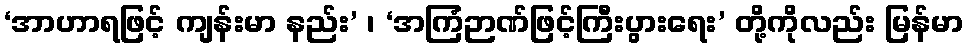
‘အာဟာရဖြင့် ကျန်းမာ နည်း’ ၊ ‘အကြံဉာဏ်ဖြင့်ကြီးပွားရေး’ တို့ကိုလည်း မြန်မာ